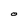
Character: O